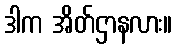
ဒါက အိတ်ဌာနလား။